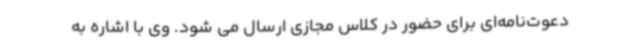
دعوت‌نامه‌ای برای حضور در کلاس مجازی ارسال می شود. وی با اشاره به